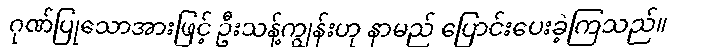
ဂုဏ်ပြုသောအားဖြင့် ဦးသန့်ကျွန်းဟု နာမည် ပြောင်းပေးခဲ့ကြသည်။